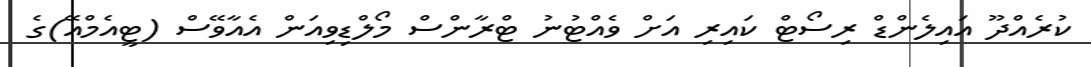
ކުރެއްދޫ އައިލެންޑް ރިސޯޓް ކައިރި އަށް ވެއްޓުނު ޓްރާންސް މޯލްޑިވިއަން އެއާވޭސް (ޓީއެމްއޭ)ގެ